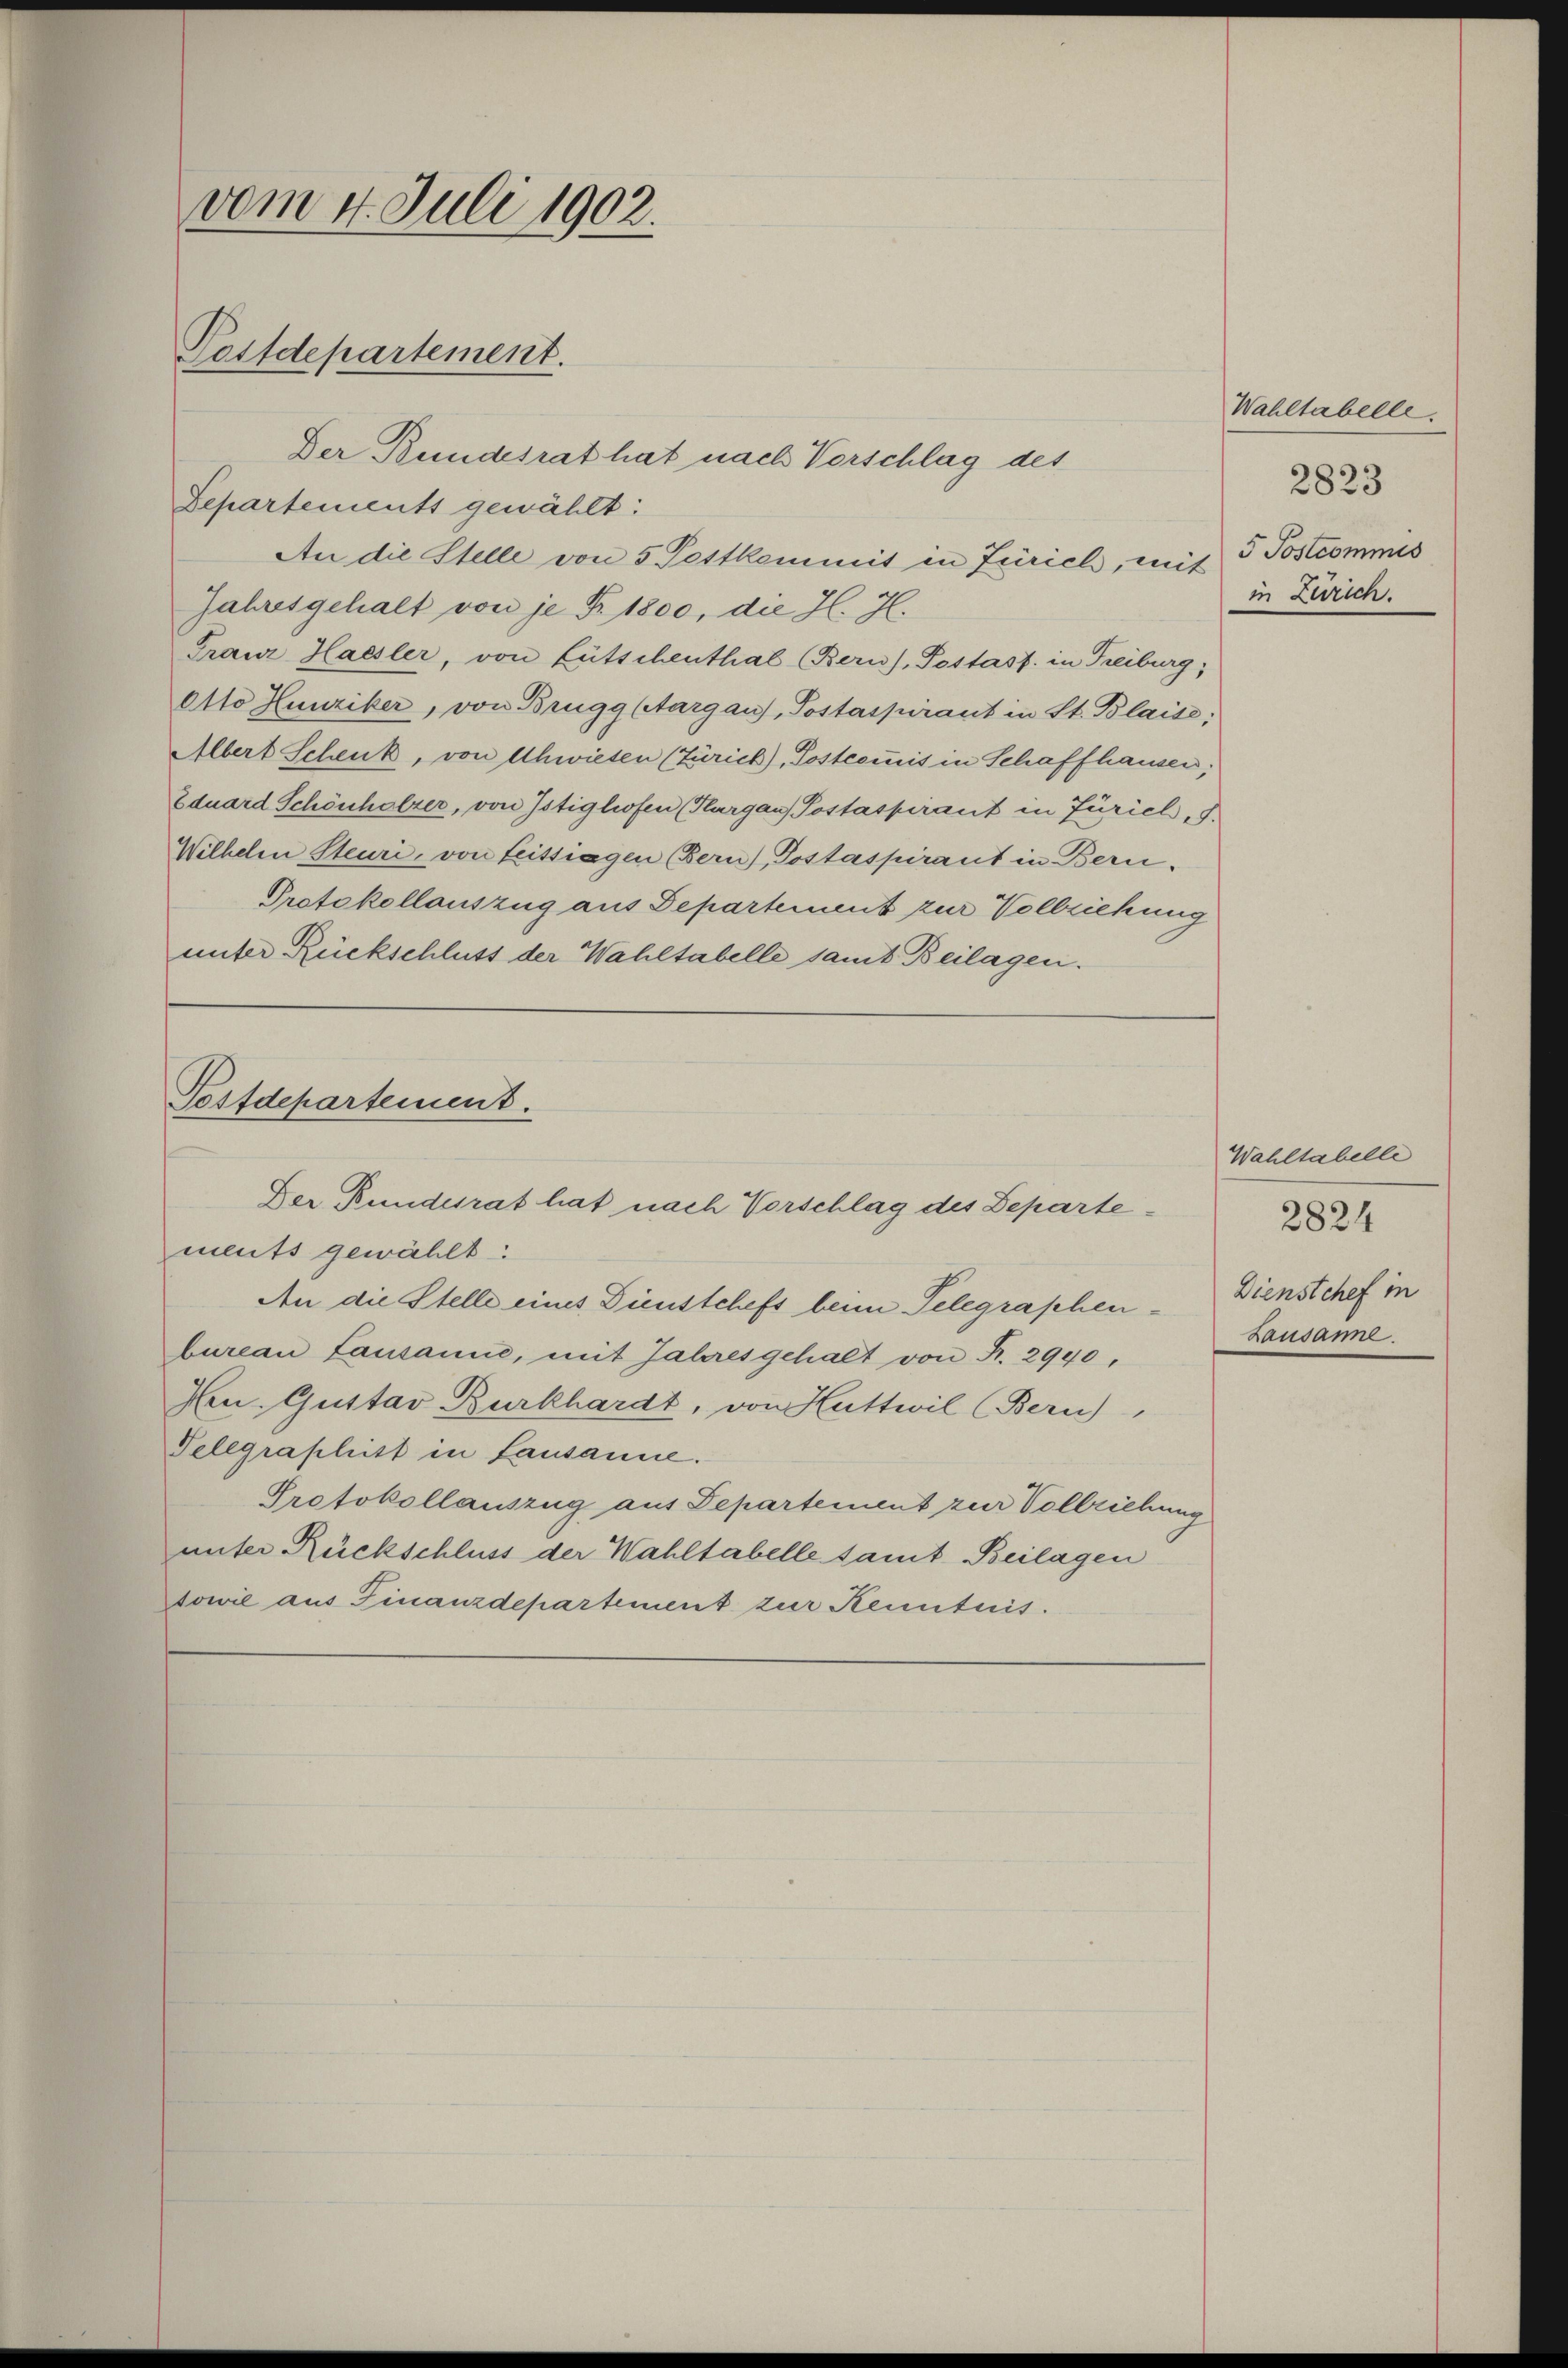
Der Bundesrat hat nach Vorschlag des
An die Stelle von 5 Pettkommit in Zürich, mit 5 Postcommis
Jahresgehalt von je Fr. 1800, die H. J.
Franz Haesler, von Lütschenthal (Bern), Postass. in Freiburg;
Otto Hunziker, von Brugg (Aargau, Postaspirant in St. Blaise:
Albert Schenk, von Uhwiesen (Zürich), Postcommis in Schaffhausen;
Eduard Schönholzer, von Istighofen (Plargau) Postaspirant in Züricl, I.
Wilhelm Steuri, von Leittragen (Bern), Postaspirant in Bern.
Protokollauszug aus Departement zur Vollziehung
unter Rückschluss der Wahltabelle samt Beilagen.

vom 4. Juli 1902.
Postdepartement.

Departements gewählt:

Postdepartement.
Der Bundesrat hat nach Vorschlag des Departe¬

ments gewählt:
An die Stelle eines Dienstchefs beim Telegraphenbureau Lausanne, mit Jahresgehalt von Fr. 2940,
Hrn. Gustav Burkhardt, von Huttwil (Bern),
Telegraphist in Lausanne.
Protokollauszug aus Departement zur Vollziehung
unter Rückschluss der Wahltabelle samt Beilagen
towie aus Finanzdepartement zur Kenntnis.

Wahltabelle.
2823
in Zürich.

Wahltabelle
Dienstchef in
Lausanne.

2824